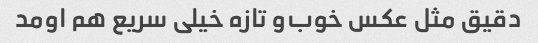
دقیق مثل عکس خوب‌و تازه خیلی سریع هم اومد